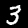
Label: 3